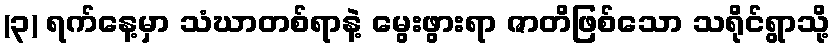
(၃) ရက်နေ့မှာ သံဃာတစ်ရာနဲ့ မွေးဖွားရာ ဇာတိဖြစ်သော သရိုင်ရွာသို့